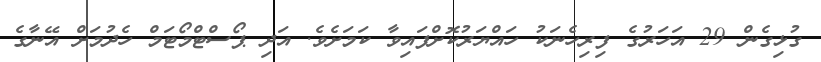
ގުޅިގެން 29 އަހަރުގެ ފިރިހެނަކު ހައްޔަރުކޮށްފައިވާ ކަމަށެވެ. އަދި ޕޯސްޓްމޯޓަމް ހެދުމަށް އޭނާގެ